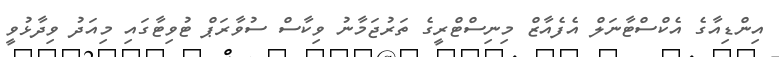
އިންޑިއާގެ އެކްސްޓާނަލް އެފެއާޒް މިނިސްޓްރީގެ ތަރުޖަމާނު ވިކާސް ސުވާރަޕް ޓުވިޓާގައި މިއަދު ވިދާޅުވީ